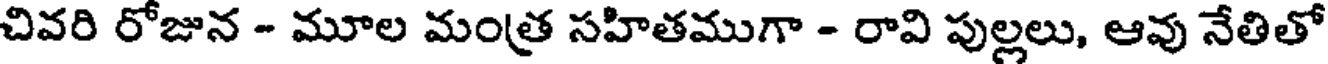
చివరి రోజున - మూల మంత్ర సహితముగా - రావి పుల్లలు, ఆవు నేతితో